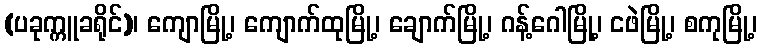
(ပခုက္ကူခရိုင်)၊ ကျောမြို့၊ ကျောက်ထုမြို့၊ ချောက်မြို့၊ ဂန့်ဂေါမြို့၊ ငဖဲမြို့၊ စကုမြို့၊